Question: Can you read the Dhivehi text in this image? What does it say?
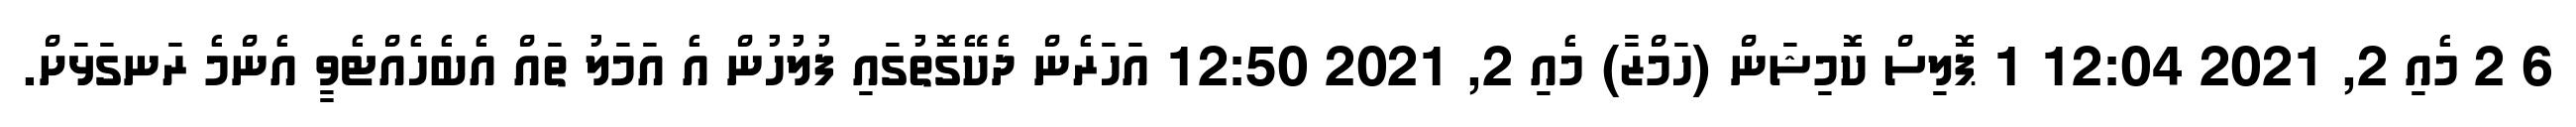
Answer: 6 2 މެއި 2, 2021 12:04 1 ޕޮލިސް ކޮމިޝަން (ހަމްޒާ) މެއި 2, 2021 12:50 އަހަރެން ދެކޭގޮތުގައި ފުލުހުން އެ އަމަލު ތައް އެބެހެއްޓެވީ އެންމެ ރަނގަޅަށް.